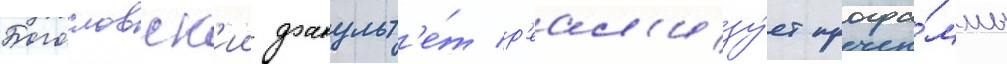
Богословск'ии факульт'е́т р'еал'изу́ет програ́ммы